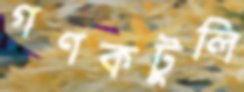
গণকটুলি